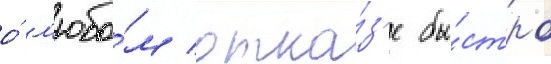
о́ л'юбо́м отка́з'е бы́стро